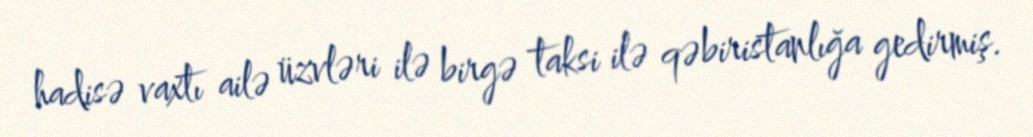
hadisə vaxtı ailə üzvləri ilə birgə taksi ilə qəbiristanlığa gedirmiş.